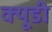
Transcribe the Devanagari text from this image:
क्यूडी